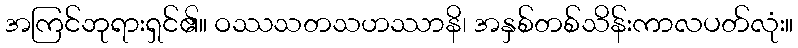
အကြင်ဘုရားရှင်၏။ ဝဿသတသဟဿာနိ၊ အနှစ်တစ်သိန်းကာလပတ်လုံး။